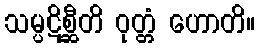
သမ္ပဋိစ္ဆီတိ ဝုတ္တံ ဟောတိ။